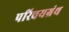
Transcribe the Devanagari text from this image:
परिचयग्रंथ